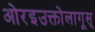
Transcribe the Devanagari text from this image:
ओरइउक्तोलागूस्